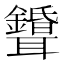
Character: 𦘌